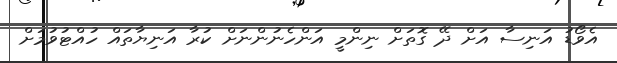
އެވޯޑު އަނިސާ އަށް ދޭ ގޮތަށް ނިންމީ އަންހެނުންނަށް ކުރާ އަނިޔާތައް ހުއްޓުވުމަށް